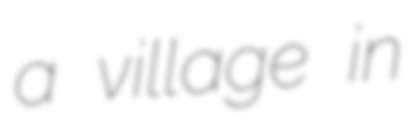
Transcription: a village in